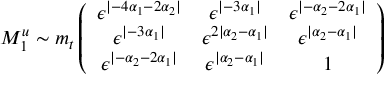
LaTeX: M _ { 1 } ^ { u } \sim m _ { t } \left( \begin{array} { c c c } { { \epsilon ^ { | - 4 \alpha _ { 1 } - 2 \alpha _ { 2 } | } } } & { { \epsilon ^ { | - 3 \alpha _ { 1 } | } } } & { { \epsilon ^ { | - \alpha _ { 2 } - 2 \alpha _ { 1 } | } } } \\ { { \epsilon ^ { | - 3 \alpha _ { 1 } | } } } & { { \epsilon ^ { 2 | \alpha _ { 2 } - \alpha _ { 1 } | } } } & { { \epsilon ^ { | \alpha _ { 2 } - \alpha _ { 1 } | } } } \\ { { \epsilon ^ { | - \alpha _ { 2 } - 2 \alpha _ { 1 } | } } } & { { \epsilon ^ { | \alpha _ { 2 } - \alpha _ { 1 } | } } } & { { 1 } } \end{array} \right)